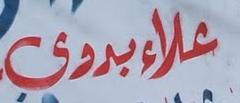
علاءبروى